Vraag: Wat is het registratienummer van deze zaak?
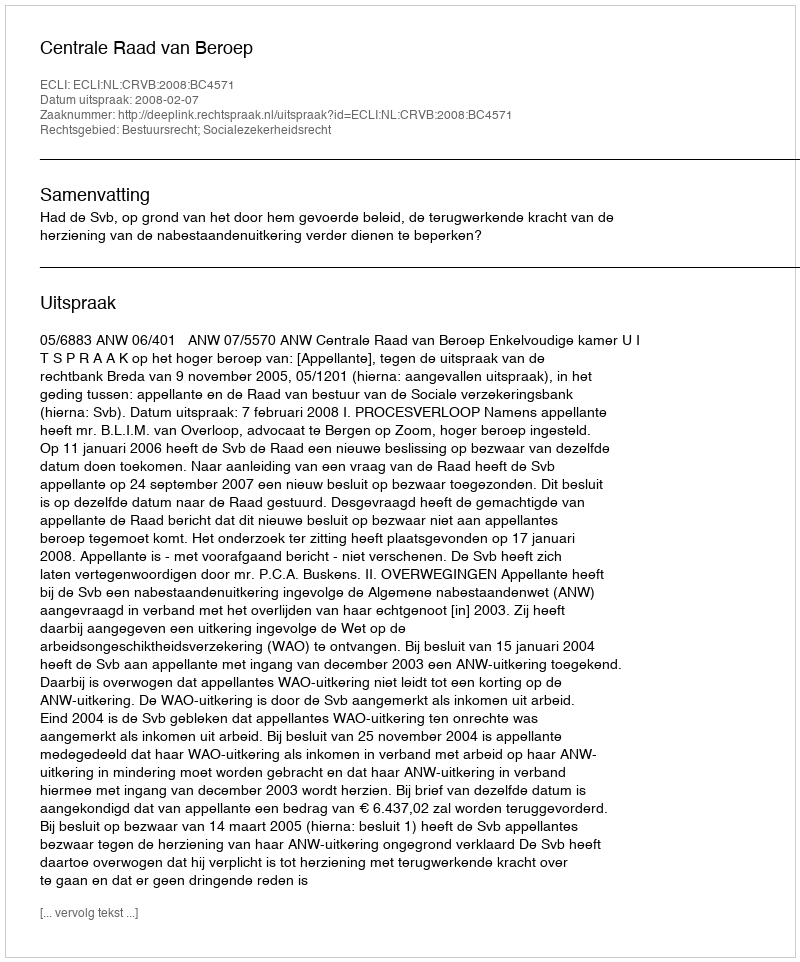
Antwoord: http://deeplink.rechtspraak.nl/uitspraak?id=ECLI:NL:CRVB:2008:BC4571